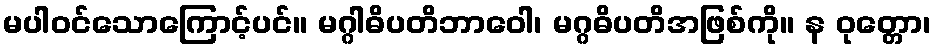
မပါဝင်သောကြောင့်ပင်။ မဂ္ဂါဓိပတိဘာဝေါ၊ မဂ္ဂဓိပတိအဖြစ်ကို။ န ဝုတ္တော၊